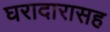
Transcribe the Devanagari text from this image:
घरादारासह